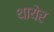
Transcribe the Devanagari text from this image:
थायेर